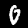
Label: 0